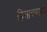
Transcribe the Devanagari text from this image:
हिसाचाराच्या